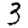
Digit: 3